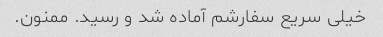
خیلی سریع سفارشم آماده شد و رسید. ممنون.